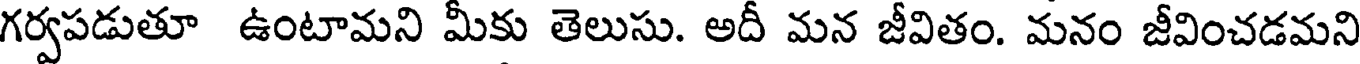
గర్వపడుతూ ఉంటామని మీకు తెలుసు. అదీ మన జీవితం. మనం జీవించడమని